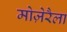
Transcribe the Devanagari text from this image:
मोज़ेरैला